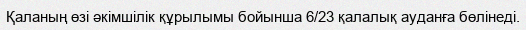
Қаланың өзі әкімшілік құрылымы бойынша 6/23 қалалық ауданға бөлінеді.